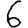
Digit: 6